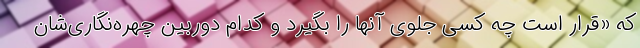
که «قرار است چه‌ کسی جلوی آنها را بگیرد و کدام دوربین چهره‌نگاری‌شان